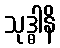
သုဒ္ဓါနိ